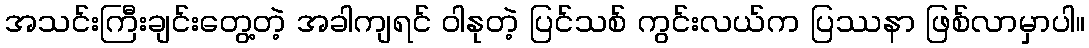
အသင်းကြီးချင်းတွေ့တဲ့ အခါကျရင် ဝါနုတဲ့ ပြင်သစ် ကွင်းလယ်က ပြဿနာ ဖြစ်လာမှာပါ။